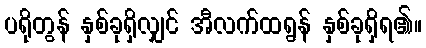
ပရိုတွန် နှစ်ခုရှိလျှင် အီလက်ထရွန် နှစ်ခုရှိရ၏။